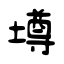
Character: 墫